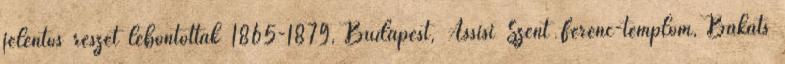
jelentős részét lebontották 1865-1879, Budapest, Assisi Szent Ferenc-templom, Bakáts